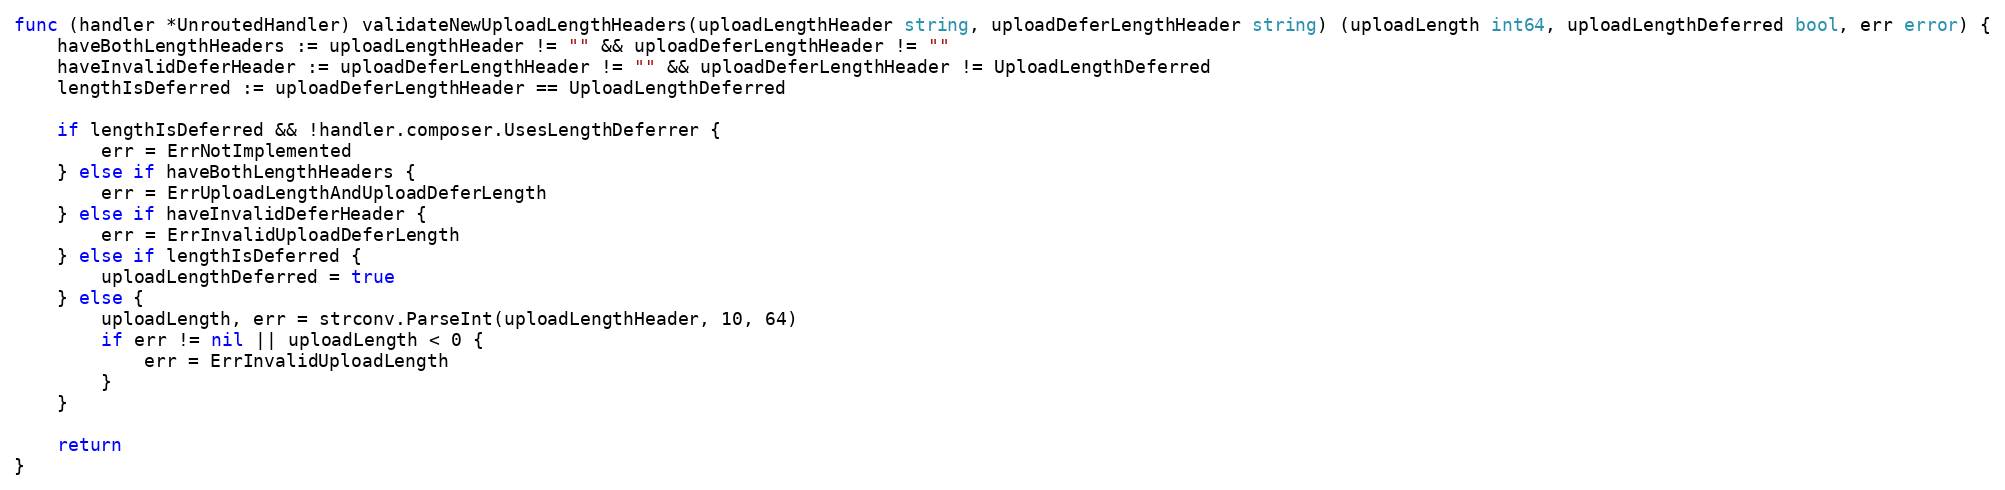
Language: Go
func (handler *UnroutedHandler) validateNewUploadLengthHeaders(uploadLengthHeader string, uploadDeferLengthHeader string) (uploadLength int64, uploadLengthDeferred bool, err error) {
	haveBothLengthHeaders := uploadLengthHeader != "" && uploadDeferLengthHeader != ""
	haveInvalidDeferHeader := uploadDeferLengthHeader != "" && uploadDeferLengthHeader != UploadLengthDeferred
	lengthIsDeferred := uploadDeferLengthHeader == UploadLengthDeferred

	if lengthIsDeferred && !handler.composer.UsesLengthDeferrer {
		err = ErrNotImplemented
	} else if haveBothLengthHeaders {
		err = ErrUploadLengthAndUploadDeferLength
	} else if haveInvalidDeferHeader {
		err = ErrInvalidUploadDeferLength
	} else if lengthIsDeferred {
		uploadLengthDeferred = true
	} else {
		uploadLength, err = strconv.ParseInt(uploadLengthHeader, 10, 64)
		if err != nil || uploadLength < 0 {
			err = ErrInvalidUploadLength
		}
	}

	return
}